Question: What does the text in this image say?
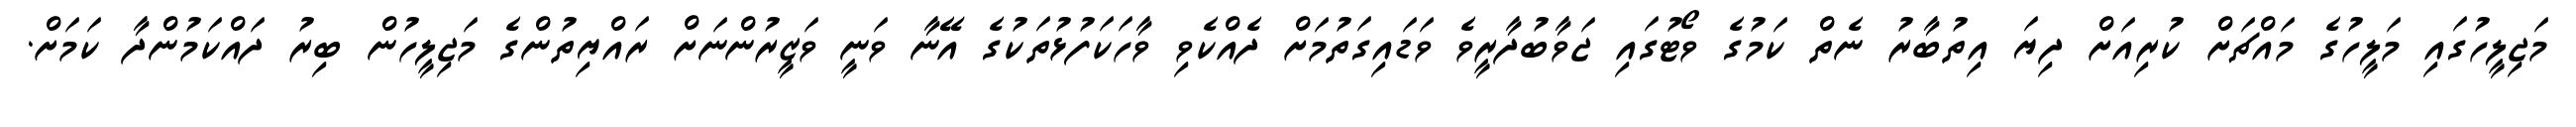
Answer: މަޖިލީހުގައި މަލީހުގެ މައްޗަށް ކުރިއަށް ދިޔަ އިތުބާރު ނެތް ކަމުގެ ވޯޓުގައި ޖަވާބުދާރީވެ ވަޑައިގަތުމަށް ދެއްކެވި ވާހަކަފުޅުތަކުގެ އޭނާ ވަނީ ވަޒީރުންނަށް ރައްޔިތުންގެ މަޖިލީހުން ބިރު ދައްކަމުންދާ ކަމަށް.